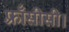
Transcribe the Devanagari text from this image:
फ़्राँसीसी।